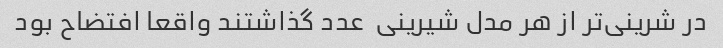
در شرینی‌تر از هر مدل شیرینی  عدد گذاشتند واقعا افتضاح بود